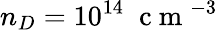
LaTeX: n_{D}=10^{14}\; \mathrm{~c~m~}^{-3}